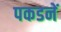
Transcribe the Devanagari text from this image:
पकडनें